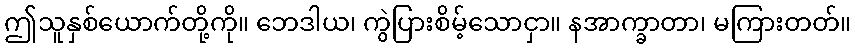
ဤသူနှစ်ယောက်တို့ကို။ ဘေဒါယ၊ ကွဲပြားစိမ့်သောငှာ။ နအာက္ခာတာ၊ မကြားတတ်။